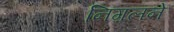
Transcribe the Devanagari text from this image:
निग़लने